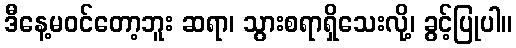
ဒီနေ့မဝင်တော့ဘူး ဆရာ၊ သွားစရာရှိသေးလို့၊ ခွင့်ပြုပါ။